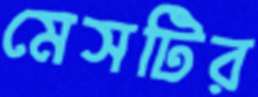
মেসটির